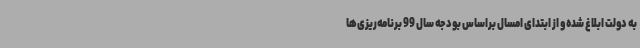
به دولت ابلاغ شده و از ابتدای امسال براساس بودجه سال 99 برنامه‌ریزی‌ها